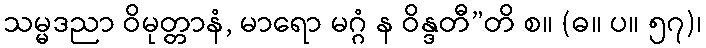
သမ္မဒညာ ဝိမုတ္တာနံ, မာရော မဂ္ဂံ န ဝိန္ဒတီ”တိ စ။ (ဓ။ ပ။ ၅၇)၊